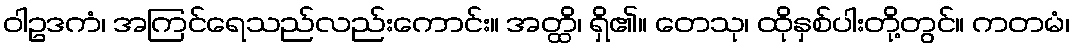
ဝါဥဒကံ၊ အကြင်ရေသည်လည်းကောင်း။ အတ္ထိ၊ ရှိ၏။ တေသု၊ ထိုနှစ်ပါးတို့တွင်။ ကတမံ၊